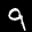
Label: 9